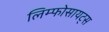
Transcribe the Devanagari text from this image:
लिम्फोसायट्स